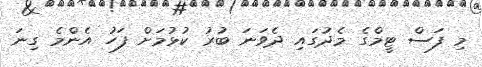
މި ފަސް ޓީމްގެ މެދުގައި ދެވަނަ ބުރު ކުޅުމަށް ފަހު އެންމެ ގިނަ